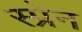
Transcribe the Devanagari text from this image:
स्प्रेन